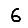
Digit: 6